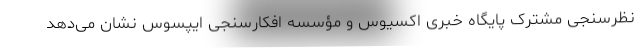
نظرسنجی مشترک پایگاه خبری اکسیوس و مؤسسه افکارسنجی ایپسوس نشان می‌دهد